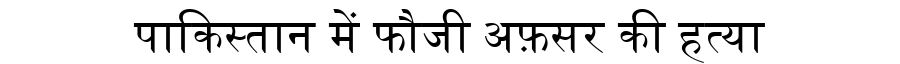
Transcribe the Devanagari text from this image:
पाकिस्तान में फौजी अफ़सर की हत्या